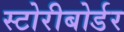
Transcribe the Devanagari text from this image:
स्टोरीबोर्डर